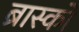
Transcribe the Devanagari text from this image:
ब्रास्को